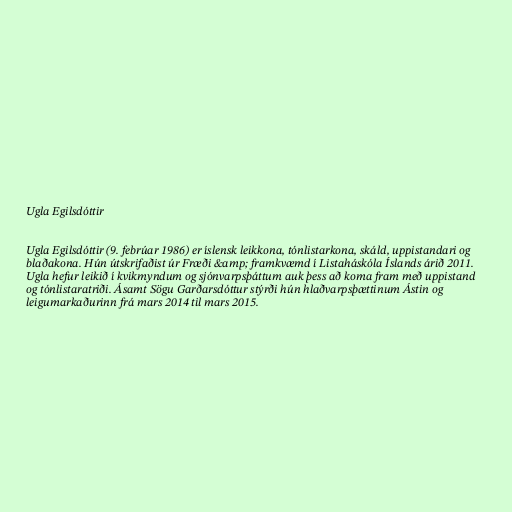
Ugla Egilsdóttir

Ugla Egilsdóttir (9. febrúar 1986) er íslensk leikkona, tónlistarkona, skáld, uppistandari og
blaðakona. Hún útskrifaðist úr Fræði &amp; framkvæmd í Listaháskóla Íslands árið 2011.
Ugla hefur leikið í kvikmyndum og sjónvarpsþáttum auk þess að koma fram með uppistand
og tónlistaratriði. Ásamt Sögu Garðarsdóttur stýrði hún hlaðvarpsþættinum Ástin og
leigumarkaðurinn frá mars 2014 til mars 2015.